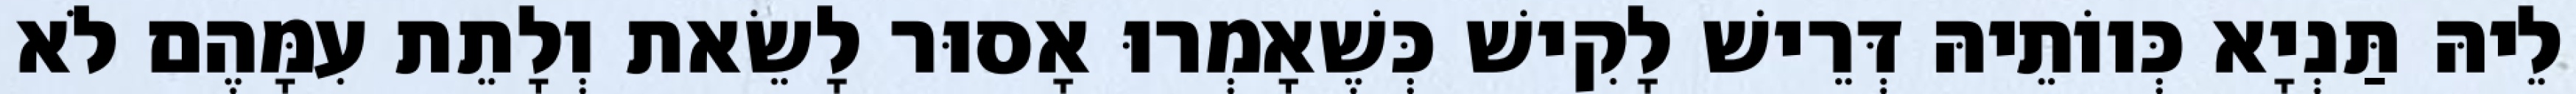
לֵיהּ תַּנְיָא כְּווֹתֵיהּ דְּרֵישׁ לָקִישׁ כְּשֶׁאָמְרוּ אָסוּר לָשֵׂאת וְלָתֵת עִמָּהֶם לֹא